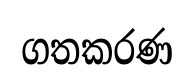
ගතකරණ